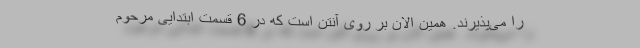
را می‌پذیرند. همین الان بر روی آنتن است که در 6 قسمت ابتدایی مرحوم